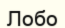
Лобо